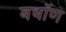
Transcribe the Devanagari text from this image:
बधॉण